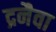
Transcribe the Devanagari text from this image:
द्रनैवा